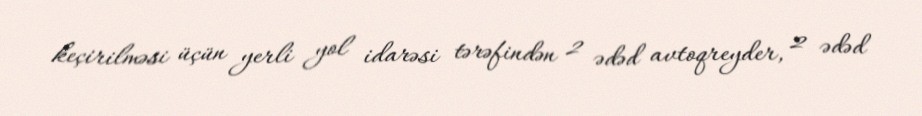
keçirilməsi üçün yerli yol idarəsi tərəfindən 2 ədəd avtoqreyder, 2 ədəd